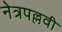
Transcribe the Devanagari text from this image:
नेत्रपल्लवी